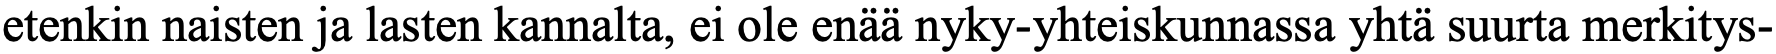
etenkin naisten ja lasten kannalta, ei ole enää nyky-yhteiskunnassa yhtä suurta merkitys-